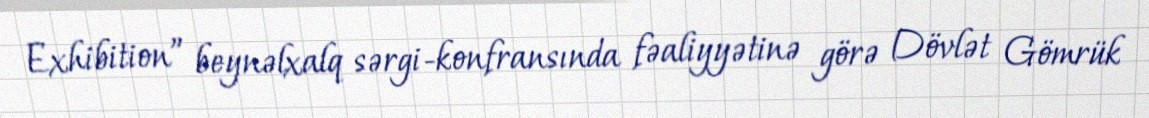
Exhibition” beynəlxalq sərgi-konfransında fəaliyyətinə görə Dövlət Gömrük